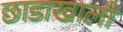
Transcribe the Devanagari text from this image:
छाडाखाली